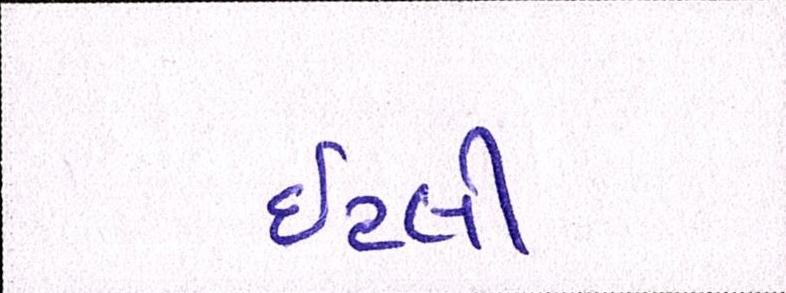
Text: ઇટલી